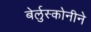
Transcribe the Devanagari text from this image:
बेर्लुस्कोनीने